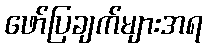
ဖော်ပြချက်များအရ